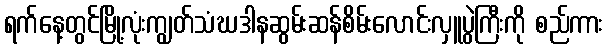
ရက်နေ့တွင်မြို့လုံးကျွတ်သံဃဒါနဆွမ်းဆန်စိမ်းလောင်းလှူပွဲကြီးကို စည်ကား